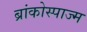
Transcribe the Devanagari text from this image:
ब्रांकोस्पाज्म